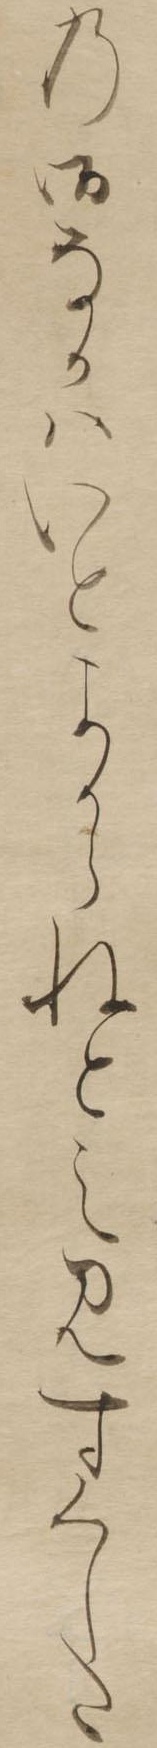
の御なかはいとよからねとえみすくした